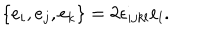
LaTeX: \{ e _ { i } , e _ { j } , e _ { k } \} = 2 \epsilon _ { i j k l } e _ { l } .